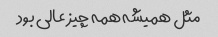
مثل همیشه همه چیز عالی بود